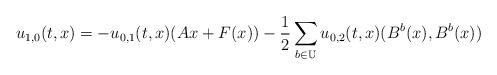
LaTeX: \begin{align*} u_{1,0}(t,x)= -u_{0,1}(t,x)(Ax+F(x)) -\frac{1}{2} \sum_{b\in\mathbb{U}} u_{0,2}(t,x)(B^b(x),B^b(x))\end{align*}